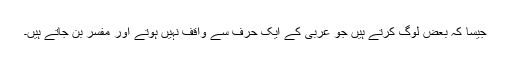
جیسا کہ بعض لوگ کرتے ہیں جو عربی کے ایک حرف سے واقف نہیں ہوتے اور مفسر بن جاتے ہیں۔